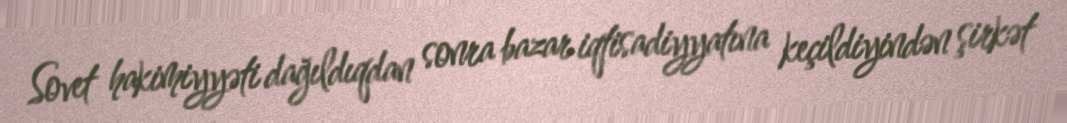
Sovet hakimiyyəti dağıldıqdan sonra bazar iqtisadiyyatına keçildiyindən şirkət